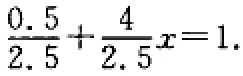
$\frac{0.5}{2.5}+\frac{4}{2.5}x = 1.$